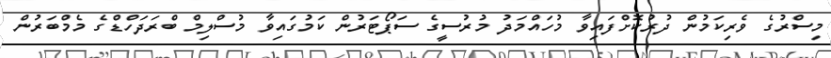
މިސްރުގެ ވެރިކަމުން ދުރުކޮށްފައިވާ މުހައްމަދު މުރުސީގެ ސަޕޯޓަރުން ކަމުގައިވާ މުސްލިމް ބްރަދަހްޑްގެ މެމްބަރުން